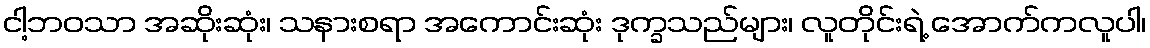
ငါ့ဘဝသာ အဆိုးဆုံး၊ သနားစရာ အကောင်းဆုံး ဒုက္ခသည်များ၊ လူတိုင်းရဲ့ အောက်ကလူပါ၊